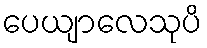
ပေယျာလေသုပိ